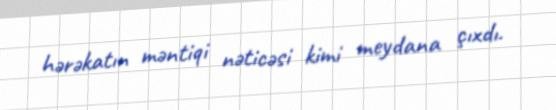
hərəkatın məntiqi nəticəsi kimi meydana çıxdı.